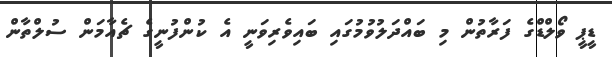
ޑީޕީ ވޯލްޑްގެ ފަރާތުން މި ބައްދަލުވުމުގައި ބައިވެރިވަނީ އެ ކުންފުނީގެ ޗެއާމަން ސުލްތާން